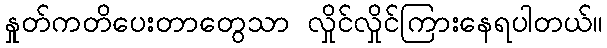
နှုတ်ကတိပေးတာတွေသာ လှိုင်လှိုင်ကြားနေရပါတယ်။